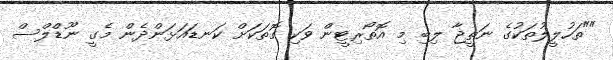
""ތަހުލީލުތަކުގެ ނަތީޖާ ލިބި މި އޮތޯރިޓީން ވަކި ގޮތަކަށް ކަނޑައަޅަންދެން މެގީ ނޫޑްލްސް